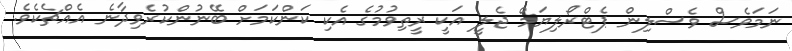
ނަމަވެސް ވެސްލިން ޕެޓްރޯލިޔަމް ޖެލީ އަކީ ރީތިވުމުގެ އެކި ކަންކަމަށް ބޭނުންކުރެވިދާނެ އެއްޗެކެވެ.